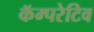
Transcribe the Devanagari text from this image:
कॅम्परेटिव